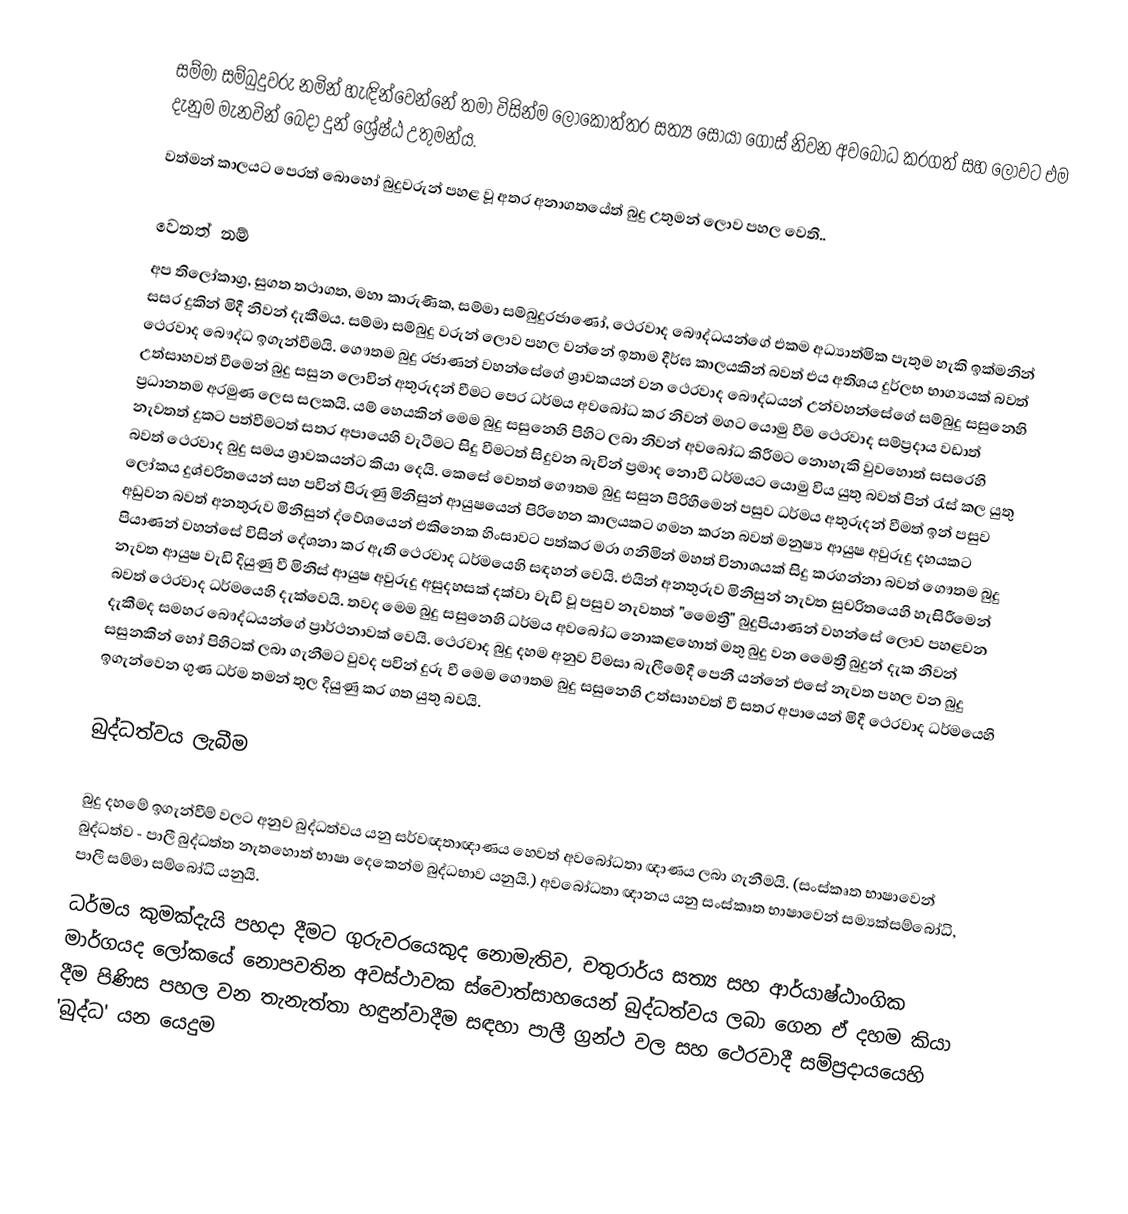
සම්මා සම්බුදුවරු නමින් හැඳින්වෙන්නේ තමා විසින්ම ලෝකෝත්තර සත්‍ය සොයා ගොස් නිවන අවබෝධ කරගත් සහ ලොවට එම දැනුම මැනවින් බෙදා දුන් ශ්‍රේෂ්ඨ උතුමන්ය.
වත්මන් කාලයට පෙරත් බොහෝ බුදුවරුන් පහළ වූ අතර අනාගතයේත් බුදු උතුමන් ලොව පහල වෙති..

වෙනත් නම්
අප තිලෝකාග්‍ර, සුගත තථාගත, මහා කාරුණික, සම්මා සම්බුදුරජාණෝ,  ථෙරවාද බෞද්ධයන්ගේ එකම අධ්‍යාත්මික පැතුම හැකි ඉක්මනින් සසර දුකින් මිදී නිවන් දැකීමය. සම්මා සම්බුදු වරුන් ලොව පහල වන්නේ ඉතාම දීර්ඝ කාලයකින් බවත් එය අතිශය දුර්ලභ භාග්‍යයක් බවත් ථෙරවාද බෞද්ධ ඉගැන්වීමයි. ගෞතම බුදු රජාණන් වහන්සේගේ ශ්‍රාවකයන් වන ථෙරවාද බෞද්ධයන් උන්වහන්සේගේ සම්බුදු සසුනෙහි උත්සාහවත් වීමෙන් බුදු සසුන ලොවින් අතුරුදන් වීමට පෙර ධර්මය අවබෝධ කර නිවන් මගට යොමු වීම ථෙරවාද සම්ප්‍රදාය වඩාත් ප්‍රධානතම අරමුණ ලෙස සලකයි. යම් හෙයකින් මෙම බුදු සසුනෙහි පිහිට ලබා නිවන් අවබෝධ කිරීමට නොහැකි වුවහොත් සසරෙහි නැවතත් දුකට පත්වීමටත් සතර අපායෙහි වැටීමට සිදු වීමටත් සිදුවන බැවින් ප්‍රමාද නොවී ධර්මයට යොමු විය යුතු බවත් පින් රැස් කල යුතු  බවත් ථෙරවාද බුදු සමය ශ්‍රාවකයන්ට කියා දෙයි. කෙසේ වෙතත් ගෞතම බුදු සසුන පිරිහීමෙන් පසුව ධර්මය අතුරුදන් වීමත් ඉන් පසුව ලෝකය දුශ්චරිතයෙන් සහ පවින්  පිරුණු මිනිසුන් ආයුෂයෙන් පිරිහෙන කාලයකට ගමන කරන බවත් මනුෂ්‍ය ආයුෂ අවුරුදු දහයකට අඩුවන බවත් අනතුරුව මිනිසුන් ද්වේශයෙන් එකිනෙක හිංසාවට පත්කර මරා ගනිමින් මහත් විනාශයක් සිදු කරගන්නා  බවත් ගෞතම බුදු පියාණන් වහන්සේ විසින් දේශනා කර ඇති ථෙරවාද ධර්මයෙහි සඳහන් වෙයි. එයින් අනතුරුව මිනිසුන් නැවත සුචරිතයෙහි හැසිරීමෙන් නැවත ආයුෂ වැඩි දියුණු වී මිනිස් ආයුෂ අවුරුදු අසුදහසක් දක්වා වැඩි වූ පසුව නැවතත් "මෛත්‍රී" බුදුපියාණන් වහන්සේ ලොව පහළවන බවත් ථෙරවාද ධර්මයෙහි දැක්වෙයි. තවද මෙම බුදු සසුනෙහි ධර්මය අවබෝධ නොකළහොත් මතු බුදු වන මෛත්‍රී බුදුන් දැක නිවන් දැකීමද සමහර බෞද්ධයන්ගේ ප්‍රාර්ථනාවක් වෙයි. ථෙරවාද බුදු දහම අනුව විමසා බැලීමේදී පෙනී යන්නේ එසේ නැවත පහල වන බුදු සසුනකින් හෝ පිහිටක් ලබා ගැනීමට වුවද  පවින් දුරු වී මෙම ගෞතම බුදු සසුනෙහි උත්සාහවත් වී සතර අපායෙන් මිදී ථෙරවාද ධර්මයෙහි ඉගැන්වෙන ගුණ ධර්ම තමන් තුල දියුණු කර ගත යුතු බවයි.

බුද්ධත්වය ලැබීම

බුදු දහමේ ඉගැන්වීම් වලට අනුව බුද්ධත්වය යනු සර්වඥතාඥාණය හෙවත් අවබෝධතා ඥාණය ලබා ගැනීමයි. (සංස්කෘත භාෂාවෙන් බුද්ධත්ව - පාලී බුද්ධත්ත නැතහොත් භාෂා දෙකෙන්ම බුද්ධභාව යනුයි.) අවබෝධතා ඥානය යනු සංස්කෘත භාෂාවෙන් සම්‍යක්සම්බෝධි, පාලී සම්මා සම්බෝධි යනුයි.
	ධර්මය කුමක්දැයි පහදා දීමට ගුරුවරයෙකුද නොමැතිව, චතුරාර්ය සත්‍ය සහ ආර්යාෂ්ඨාංගික මාර්ගයද ලෝකයේ නොපවතින අවස්ථාවක ස්වොත්සාහයෙන් බුද්ධත්වය ලබා ගෙන ඒ දහම කියා දීම පිණිස පහල වන තැනැත්තා හඳුන්වාදීම සඳහා පාලී ග්‍රන්ථ වල සහ ථෙරවාදී සම්ප්‍රදායයෙහි 'බුද්ධ' යන යෙදුම